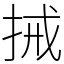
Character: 𢬿